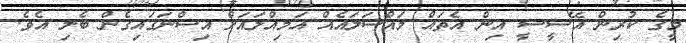
މީގެ ކުރިން އޭސީސީ އިން އެތައް މައްސަލައެއް އަމިއްލައަށް އިސްނަގައިގެން ބެލި އެވެ.